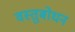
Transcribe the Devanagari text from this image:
वस्तुबोधन